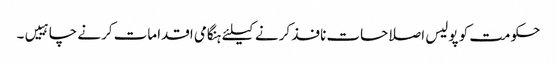
حکومت کو پولیس اصلاحات نافذ کرنے کیلئے ہنگامی اقدامات کرنے چاہییں۔